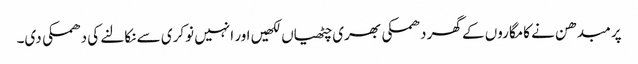
پرمبدھن نے کامگاروں کے گھر دھمکی بھری چٹھیاں لکھیں اور انہیں نوکری سے نکالنے کی دھمکی دی۔